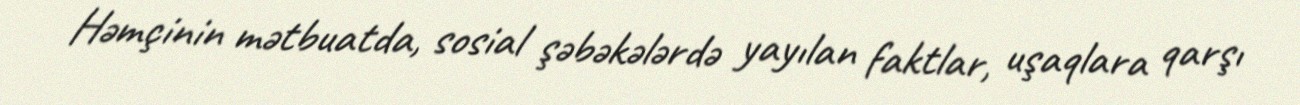
Həmçinin mətbuatda, sosial şəbəkələrdə yayılan faktlar, uşaqlara qarşı